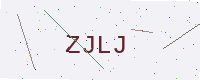
Text: ZJLJ